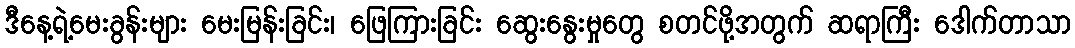
ဒီနေ့ရဲ့မေးခွန်းများ မေးမြန်းခြင်း၊ ဖြေကြားခြင်း ဆွေးနွေးမှုတွေ စတင်ဖို့အတွက် ဆရာကြီး ဒေါက်တာသာ